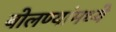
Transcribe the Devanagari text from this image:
बोलण्यांमध्ये